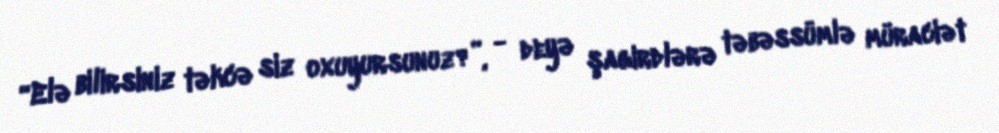
“Elə bilirsiniz təkcə siz oxuyursunuz?”, - deyə şagirdlərə təbəssümlə müraciət